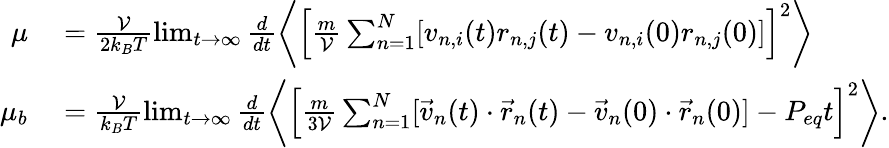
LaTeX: \begin{array}{rl}{\mu}&{{}=\frac{\mathcal{V}}{2k_{B}T}\operatorname*{lim}_{t\to\infty}\frac{d}{dt}\left\langle\left[\frac{m}{\mathcal{V}}\sum_{n=1}^{N}[v_{n,i}(t)r_{n,j}(t)-v_{n,i}(0)r_{n,j}(0)]\right]^{2}\right\rangle}\\ {\mu_{b}}&{{}=\frac{\mathcal{V}}{k_{B}T}\operatorname*{lim}_{t\to\infty}\frac{d}{dt}\left\langle\left[\frac{m}{3\mathcal{V}}\sum_{n=1}^{N}[\vec{v}_{n}(t)\cdot\vec{r}_{n}(t)-\vec{v}_{n}(0)\cdot\vec{r}_{n}(0)]-P_{eq}t\right]^{2}\right\rangle.}\end{array}